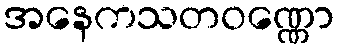
အနေကသတဝဏ္ဏော